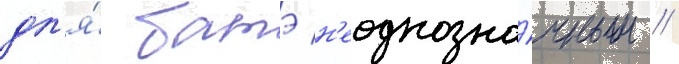
дл'я́ батэ н'еоднозна́чным //